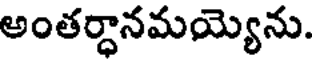
అంతర్ధానమయ్యెను.